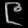
Digit: ၉